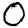
Digit: 0